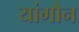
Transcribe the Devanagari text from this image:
यांगौन